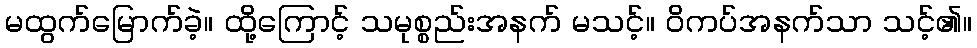
မထွက်မြောက်ခဲ့။ ထို့ကြောင့် သမုစ္စည်းအနက် မသင့်။ ဝိကပ်အနက်သာ သင့်၏။